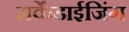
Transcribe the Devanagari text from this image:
मर्केंडाईजिंग